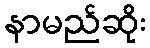
နာမည်ဆိုး